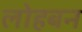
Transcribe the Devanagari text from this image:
लोहबन